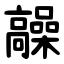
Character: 髞